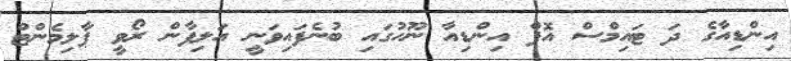
އިންޑިއާގެ ދަ ޓައިމްސް އޮފް އިންޑިއާ ނޫހުގައި ބުނެފައިވަނީ އަލިފާން ރޯވީ ޕާލިމެންޓް